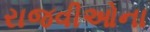
રાજવીઓના